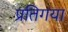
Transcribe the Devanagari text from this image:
प्रतिगया